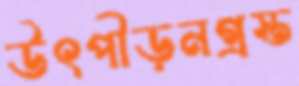
উৎপীড়নগ্রস্ত